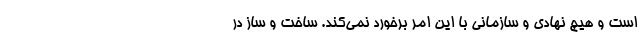
است و هیچ نهادی و سازمانی با این امر برخورد نمی‌کند. ساخت و ساز در